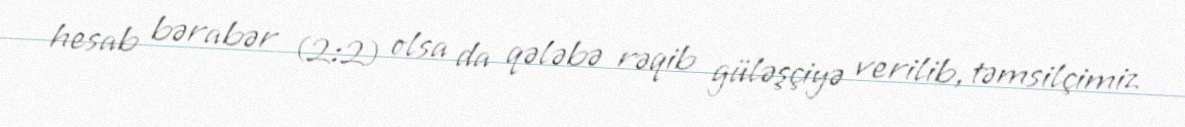
hesab bərabər (2:2) olsa da qələbə rəqib güləşçiyə verilib, təmsilçimiz